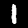
Label: 1